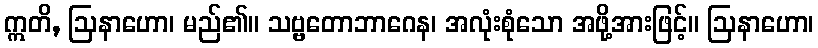
ဣတိ, ဩနာဟော၊ မည်၏။ သဗ္ဗတောဘာဂေန၊ အလုံးစုံသော အဖို့အားဖြင့်။ ဩနာဟော၊